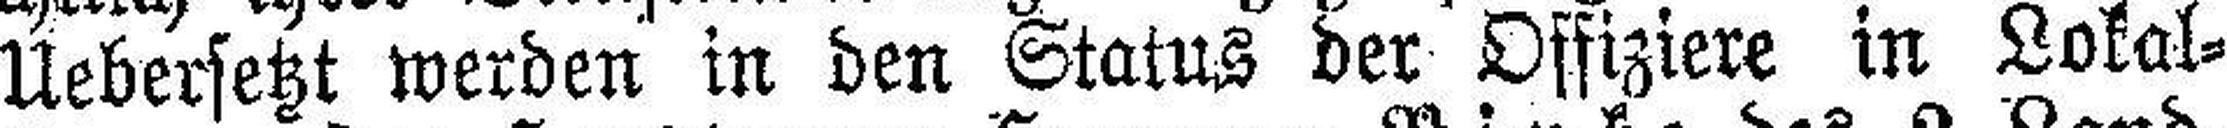
Uebersetzt werden in den Status der Offiziere in Lokal¬